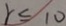
r \leq 1 0